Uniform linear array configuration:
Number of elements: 64
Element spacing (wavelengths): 1
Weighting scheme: uniform
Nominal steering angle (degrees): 30
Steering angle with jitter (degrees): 28.44
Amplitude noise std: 0.05
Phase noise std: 0.05

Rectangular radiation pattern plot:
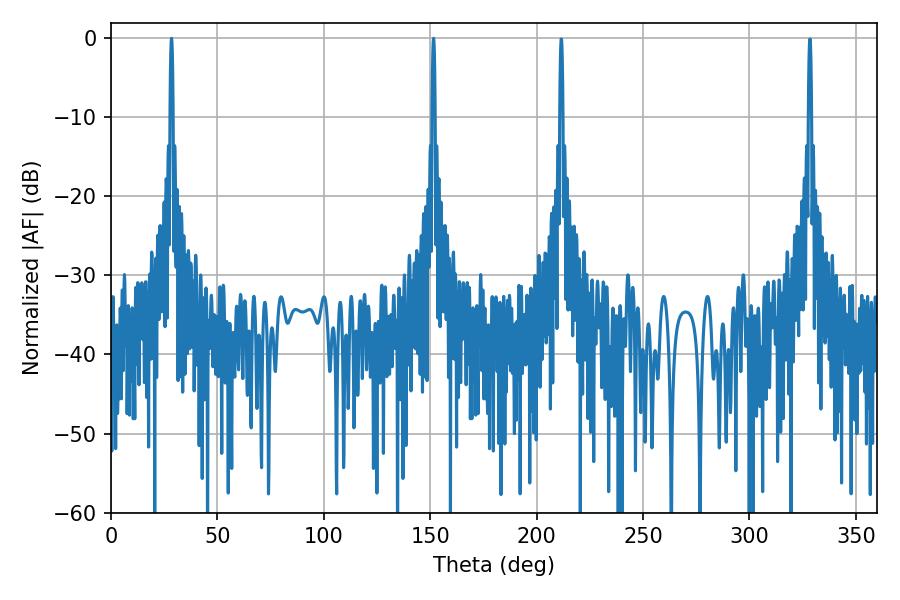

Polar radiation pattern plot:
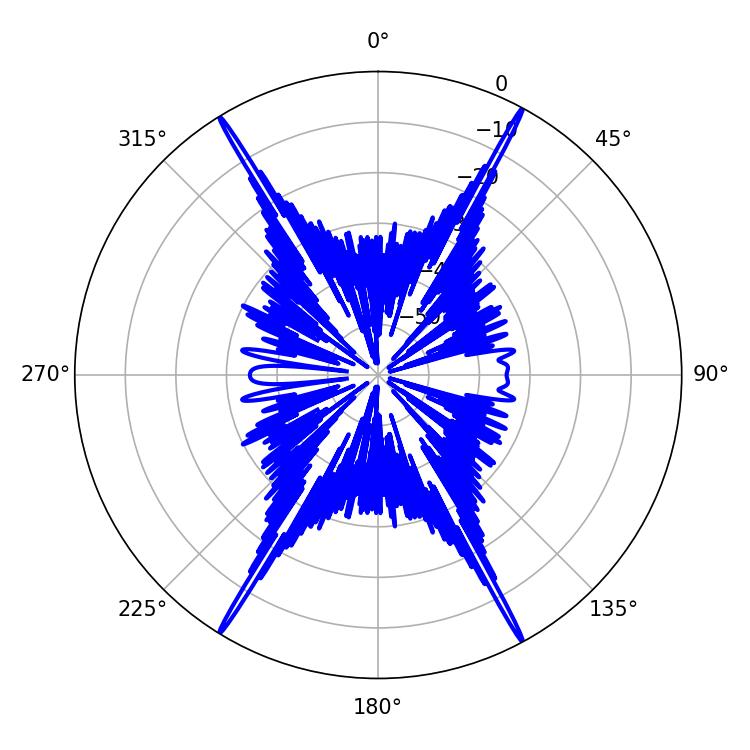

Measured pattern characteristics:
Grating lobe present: TRUE
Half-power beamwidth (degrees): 0.72
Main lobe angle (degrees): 151.56